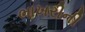
ભાખરીની